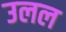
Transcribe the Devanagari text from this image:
उलल